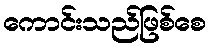
ကောင်းသည်ဖြစ်စေ